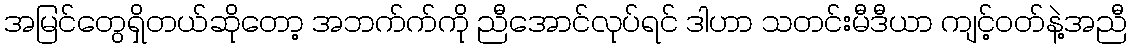
အမြင်တွေရှိတယ်ဆိုတော့ အဘက်က်ကို ညီအောင်လုပ်ရင် ဒါဟာ သတင်းမီဒီယာ ကျင့်ဝတ်နဲ့အညီ